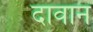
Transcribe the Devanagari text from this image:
दावान